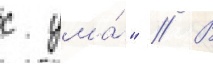
с ума́" // В